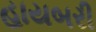
હાયબરી